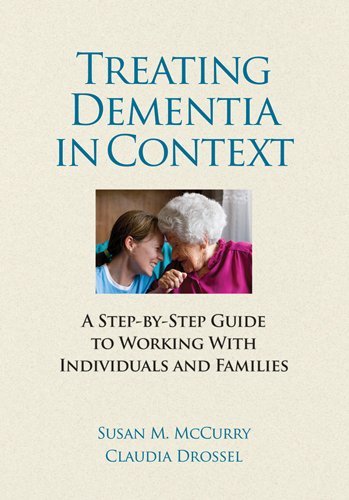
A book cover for Treating Dementia in Context: A Step-by-Step Guide to Working with Individuals and Families; Susan M. McCurry; Health, Fitness & Dieting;